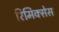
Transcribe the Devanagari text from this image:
रिमिक्सेस